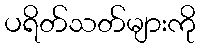
ပရိတ်သတ်များကို